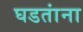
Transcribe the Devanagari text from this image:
घडतांना